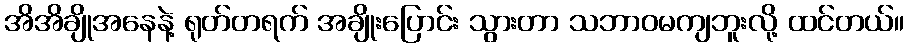
အိအိချိုအနေနဲ့ ရုတ်တရက် အချိုးပြောင်း သွားတာ သဘာဝမကျဘူးလို့ ထင်တယ်။